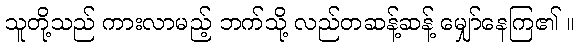
သူတို့သည် ကားလာမည့် ဘက်သို့ လည်တဆန့်ဆန့် မျှော်နေကြ၏ ။